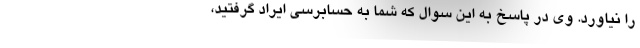
را نیاورد. وی در پاسخ به این سوال که شما به حسابرسی ایراد گرفتید،